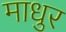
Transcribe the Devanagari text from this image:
माधुर